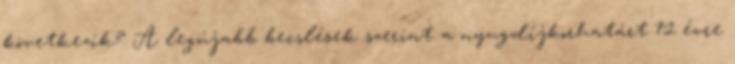
következik? A legújabb becslések szerint a nyugdíjkorhatárt 72 évre